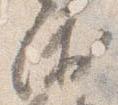
衛